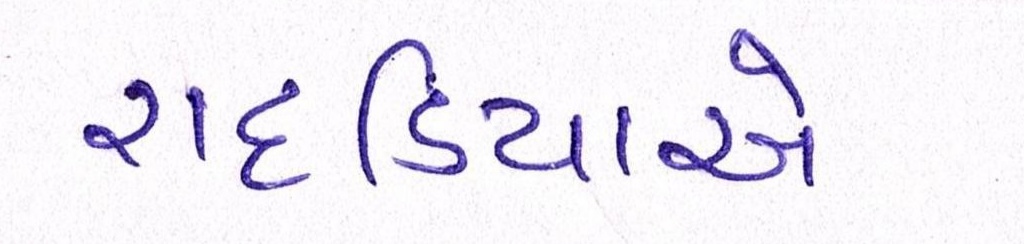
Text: રાદડિયાએ